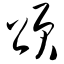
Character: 颂